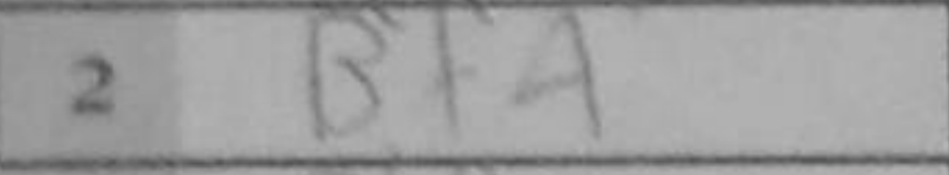
Transcription: Bf4